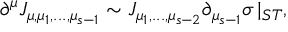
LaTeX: \partial ^ { \mu } J _ { \mu , \mu _ { 1 } , . . . , \mu _ { s - 1 } } \sim J _ { \mu _ { 1 } , . . . , \mu _ { s - 2 } } \partial _ { \mu _ { s - 1 } } \sigma \, | _ { S T } ,